Scottish Leaving Certificate Examination, 1961
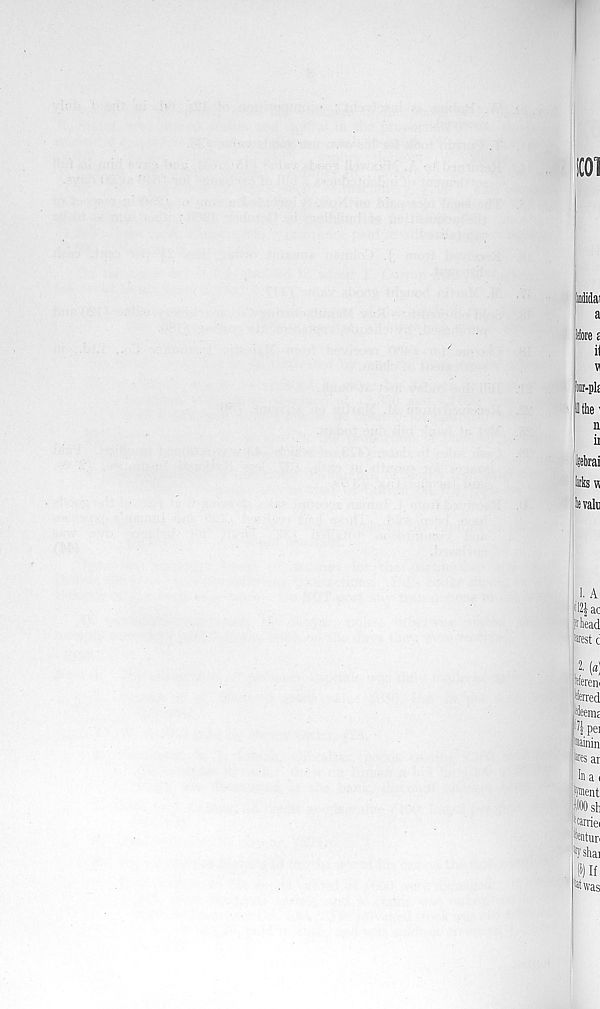
iCOl
Midai
a
ire £
il
VI
w-plf
Jthe'
n
it
livalu
LA
12|ac
Mead
firest c
2. [a]
tffereni
%red
deemr
iJ l pei
lainin
Ms ar
ha i
iment
ittsh
;tarriei
wifun
^ shai
)) If
at was